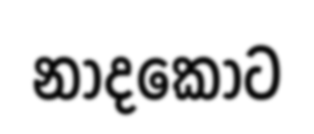
නාදකොට